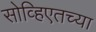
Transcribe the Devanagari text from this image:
सोव्हिएतच्या